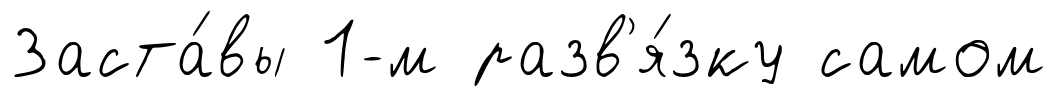
Заста́вы 1-м разв'я́зку самом